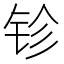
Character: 𨱅